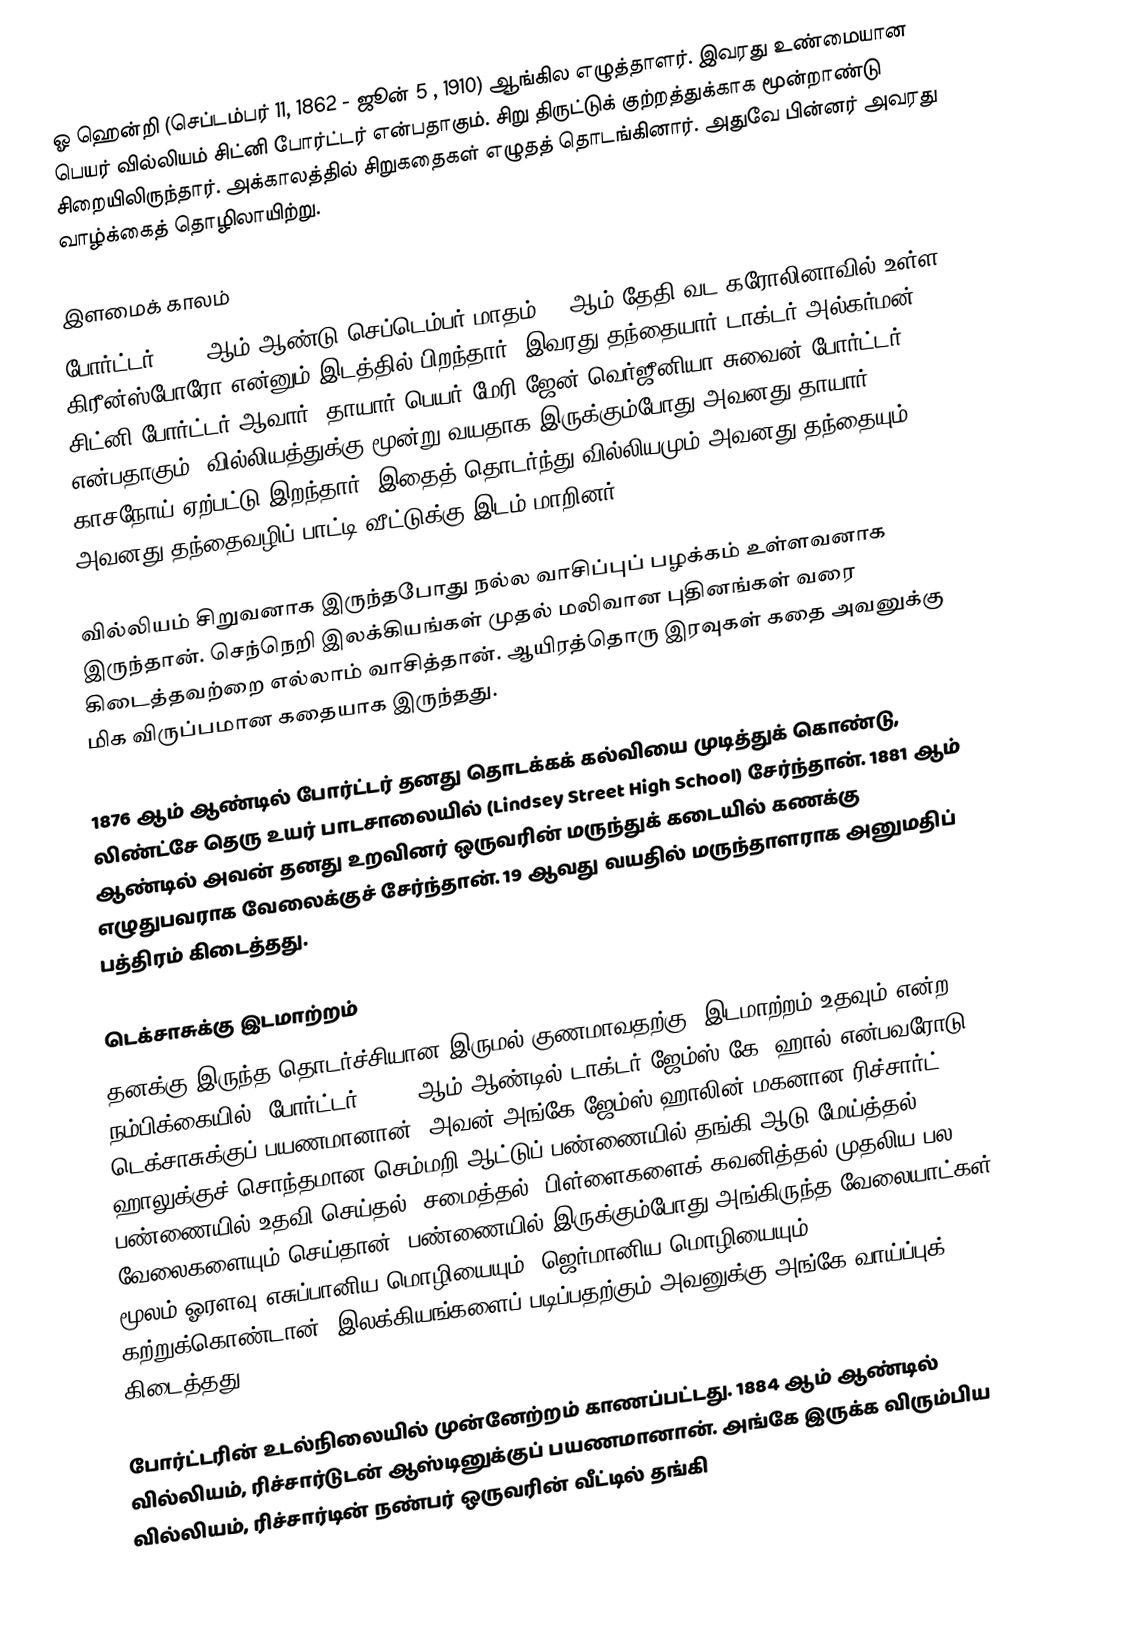
ஓ ஹென்றி (செப்டம்பர் 11, 1862 - ஜூன் 5 , 1910) ஆங்கில எழுத்தாளர். இவரது உண்மையான பெயர் வில்லியம் சிட்னி போர்ட்டர் என்பதாகும். சிறு திருட்டுக் குற்றத்துக்காக மூன்றாண்டு சிறையிலிருந்தார். அக்காலத்தில் சிறுகதைகள் எழுதத் தொடங்கினார். அதுவே பின்னர் அவரது வாழ்க்கைத் தொழிலாயிற்று.

இளமைக் காலம்
போர்ட்டர் 1862 ஆம் ஆண்டு செப்டெம்பர் மாதம் 11 ஆம் தேதி வட கரோலினாவில் உள்ள கிரீன்ஸ்போரோ என்னும் இடத்தில் பிறந்தார். இவரது தந்தையார் டாக்டர் அல்கர்மன் சிட்னி போர்ட்டர் ஆவார். தாயார் பெயர் மேரி ஜேன் வெர்ஜீனியா சுவைன் போர்ட்டர் என்பதாகும். வில்லியத்துக்கு மூன்று வயதாக இருக்கும்போது அவனது தாயார் காசநோய் ஏற்பட்டு இறந்தார். இதைத் தொடர்ந்து வில்லியமும் அவனது தந்தையும் அவனது தந்தைவழிப் பாட்டி வீட்டுக்கு இடம் மாறினர்.

வில்லியம் சிறுவனாக இருந்தபோது நல்ல வாசிப்புப் பழக்கம் உள்ளவனாக இருந்தான். செந்நெறி இலக்கியங்கள் முதல் மலிவான புதினங்கள் வரை கிடைத்தவற்றை எல்லாம் வாசித்தான். ஆயிரத்தொரு இரவுகள் கதை அவனுக்கு மிக விருப்பமான கதையாக இருந்தது.

1876 ஆம் ஆண்டில் போர்ட்டர் தனது தொடக்கக் கல்வியை முடித்துக் கொண்டு, லிண்ட்சே தெரு உயர் பாடசாலையில் (Lindsey Street High School) சேர்ந்தான். 1881 ஆம் ஆண்டில் அவன் தனது உறவினர் ஒருவரின் மருந்துக் கடையில் கணக்கு எழுதுபவராக வேலைக்குச் சேர்ந்தான். 19 ஆவது வயதில் மருந்தாளராக அனுமதிப் பத்திரம் கிடைத்தது.

டெக்சாசுக்கு இடமாற்றம்
தனக்கு இருந்த தொடர்ச்சியான இருமல் குணமாவதற்கு, இடமாற்றம் உதவும் என்ற நம்பிக்கையில், போர்ட்டர், 1882 ஆம் ஆண்டில் டாக்டர் ஜேம்ஸ் கே. ஹால் என்பவரோடு டெக்சாசுக்குப் பயணமானான். அவன் அங்கே ஜேம்ஸ் ஹாலின் மகனான ரிச்சார்ட் ஹாலுக்குச் சொந்தமான செம்மறி ஆட்டுப் பண்ணையில் தங்கி ஆடு மேய்த்தல், பண்ணையில் உதவி செய்தல், சமைத்தல், பிள்ளைகளைக் கவனித்தல் முதலிய பல வேலைகளையும் செய்தான். பண்ணையில் இருக்கும்போது அங்கிருந்த வேலையாட்கள் மூலம் ஓரளவு எசுப்பானிய மொழியையும், ஜெர்மானிய மொழியையும் கற்றுக்கொண்டான். இலக்கியங்களைப் படிப்பதற்கும் அவனுக்கு அங்கே வாய்ப்புக் கிடைத்தது.

போர்ட்டரின் உடல்நிலையில் முன்னேற்றம் காணப்பட்டது. 1884 ஆம் ஆண்டில் வில்லியம், ரிச்சார்டுடன் ஆஸ்டினுக்குப் பயணமானான். அங்கே இருக்க விரும்பிய வில்லியம், ரிச்சார்டின் நண்பர் ஒருவரின் வீட்டில் தங்கி